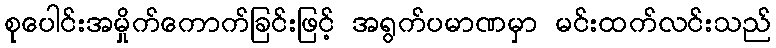
စုပေါင်းအမှိုက်ကောက်ခြင်းဖြင့် အရွက်ပမာဏမှာ မင်းထက်လင်းသည်